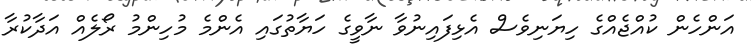
އަންހެން ކުއްޖެއްގެ ހިޔަނިވެސް އެޅިފައިނުވާ ނާވީގެ ހަޔާތުގައި އެންމެ މުހިންމު ރޯލެއް އަދާކުރާ